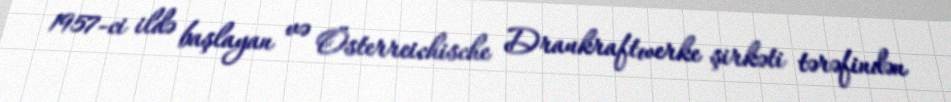
1957-ci ildə başlayan və Österreichische Draukraftwerke şirkəti tərəfindən